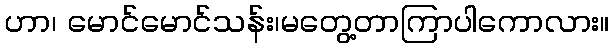
ဟာ၊ မောင်မောင်သန်း၊မတွေ့တာကြာပါကောလား။